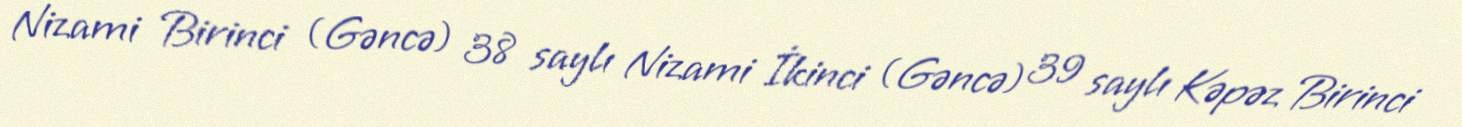
Nizami Birinci (Gəncə) 38 saylı Nizami İkinci (Gəncə) 39 saylı Kəpəz Birinci